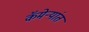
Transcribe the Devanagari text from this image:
कॅमेर्‍यांत